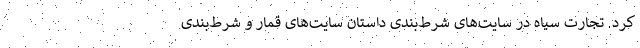
کرد. تجارت سیاه در سایت‌های شرط‌بندی داستان سایت‌های قمار و شرط‌بندی